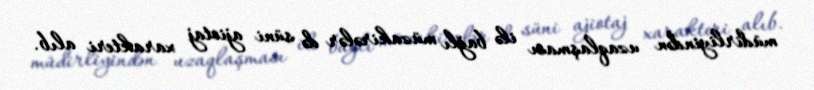
müdirliyindən uzaqlaşması ilə bağlı müzakirələr də süni ajiotaj xarakteri alıb.